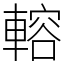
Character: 䡥